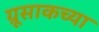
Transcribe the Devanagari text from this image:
ग्रूसाकच्या